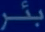
بُكْر